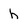
Character: h